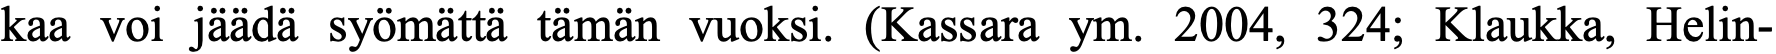
kaa voi jäädä syömättä tämän vuoksi. (Kassara ym. 2004, 324; Klaukka, Helin-